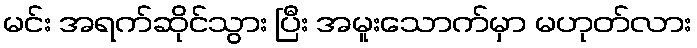
မင်း အရက်ဆိုင်သွား ပြီး အမူးသောက်မှာ မဟုတ်လား